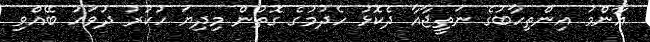
އާންމު އިންތިހާބުގެ ނަތީޖާއާ ދެކޮޅު ހެދުމުގެ ގޮތުން މިދިޔަ ހުކުރު ދުވަހު ބޭއްވި